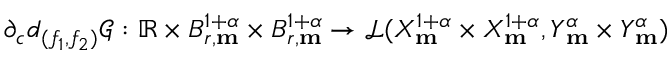
\partial _ { c } d _ { ( f _ { 1 } , f _ { 2 } ) } \mathscr { G } : \mathbb { R } \times B _ { r , \mathbf { m } } ^ { 1 + \alpha } \times B _ { r , \mathbf { m } } ^ { 1 + \alpha } \rightarrow \mathcal { L } ( X _ { \mathbf { m } } ^ { 1 + \alpha } \times X _ { \mathbf { m } } ^ { 1 + \alpha } , Y _ { \mathbf { m } } ^ { \alpha } \times Y _ { \mathbf { m } } ^ { \alpha } )